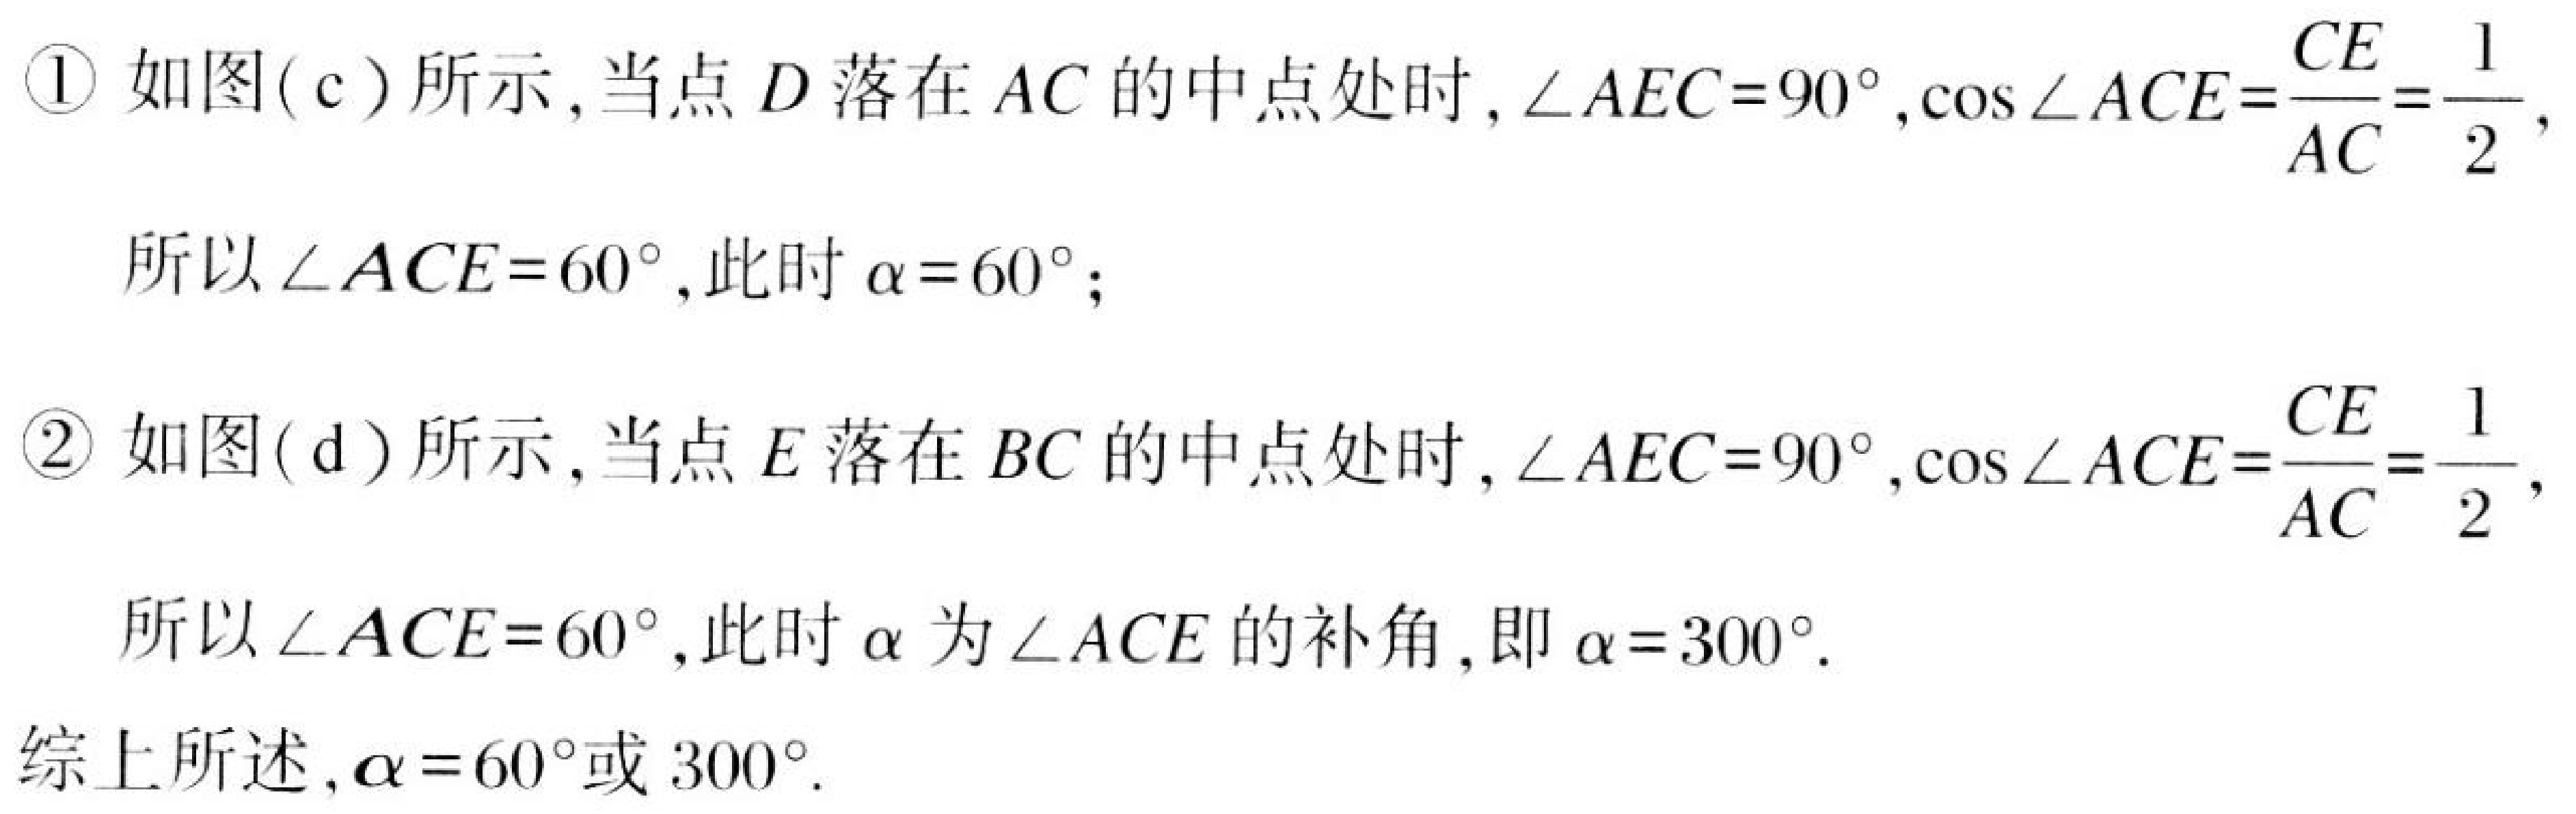
\textcircled{1}如图(c)所示，当点\(D\)落在\(AC\)的中点处时，\(\angle AEC = 90^{\circ},\cos\angle ACE=\dfrac{CE}{AC}=\dfrac{1}{2}\)，
所以\(\angle ACE = 60^{\circ}\)，此时\(\alpha = 60^{\circ}\)；
\textcircled{2}如图(d)所示，当点\(E\)落在\(BC\)的中点处时，\(\angle AEC = 90^{\circ},\cos\angle ACE=\dfrac{CE}{AC}=\dfrac{1}{2}\)，
所以\(\angle ACE = 60^{\circ}\)，此时\(\alpha\)为\(\angle ACE\)的补角，即\(\alpha = 300^{\circ}\).
综上所述，\(\alpha = 60^{\circ}\)或\(300^{\circ}\).